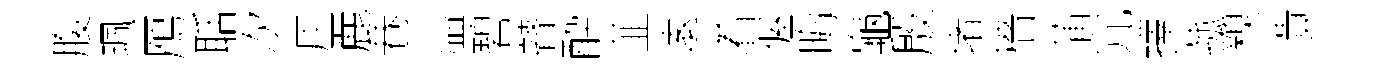
腹珮鴈聒次原䴡巷溢碧瞽酔韮逺着偓晦龜殷堵穡蒲宂擇菰糗潰